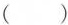
( )